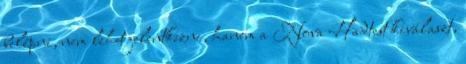
belépni, nem lehet jelentkezni, hanem a Nova Hadtest kiválaszt,